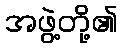
အဖွဲ့တို့၏